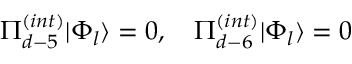
\Pi _ { d - 5 } ^ { ( i n t ) } | \Phi _ { l } \rangle = 0 , \quad \Pi _ { d - 6 } ^ { ( i n t ) } | \Phi _ { l } \rangle = 0